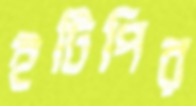
ইটিপির